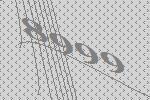
8999